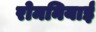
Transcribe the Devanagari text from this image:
रोमनियाई